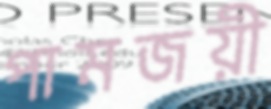
পামজয়ী